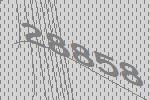
28858